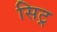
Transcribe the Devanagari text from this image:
सिट्र